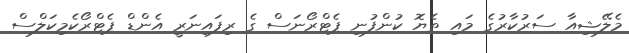
މެލޭޝިއާ ސަރުކާރުގެ މައި ތެޔޮ ކުންފުނި ޕެޓްރޯނަސް ގެ ރިފައިނަރީ އެންޑް ޕެޓްރޯކެމިކަލްސް